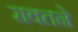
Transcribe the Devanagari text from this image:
रावतने